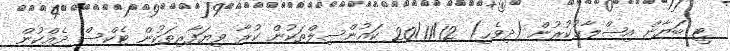
ޓީ ބަޔާން އިޞްލާޙުކުރުން (ދިވެހި) 20/11/12 ކައުންސިލްތަކުން ކުރާ ވިޔަފާރިތަކުން ޓެކްސް ދެއްކުން